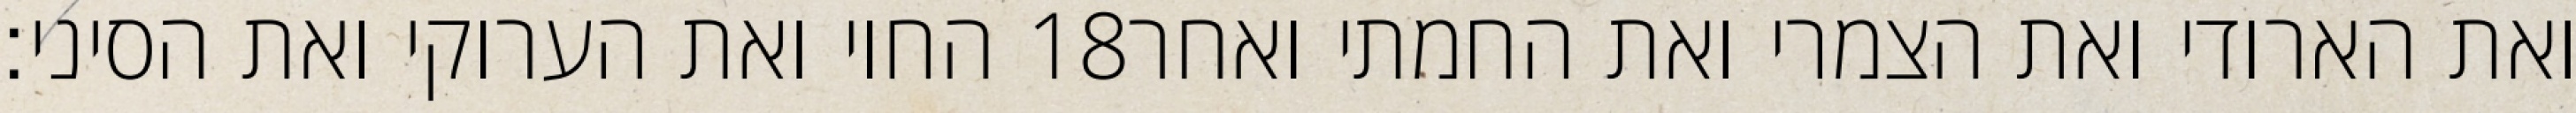
החוי ואת הערוקי ואת הסיני׃ ‎18‏ ואת הארודי ואת הצמרי ואת החמתי ואחר